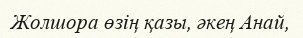
Жолшора өзің қазы, әкең Анай,